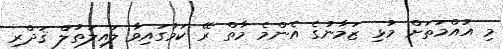
މި އުއްމަތަށް މުޅި ޒަމާނުގެ އެންމެ މާތް ރޭ ކަމުގައިވާ ލައިލަތުލް ޤަދްރި